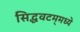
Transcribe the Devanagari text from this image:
सिद्धवटम्‌मध्ये